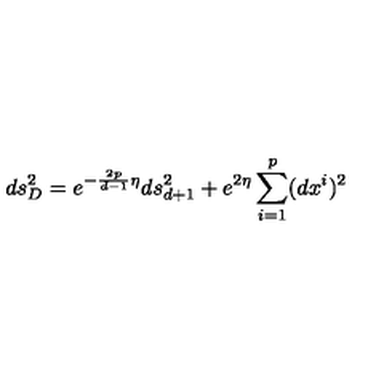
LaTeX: d s _ { D } ^ { 2 } = e ^ { - \frac { 2 p } { d - 1 } \eta } d s _ { d + 1 } ^ { 2 } + e ^ { 2 \eta } \sum _ { i = 1 } ^ { p } ( d x ^ { i } ) ^ { 2 }